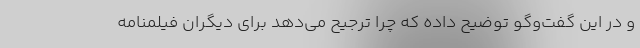
و در این گفت‌وگو توضیح داده که چرا ترجیح می‌دهد برای دیگران فیلمنامه